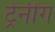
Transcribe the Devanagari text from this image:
ट्रेनींग